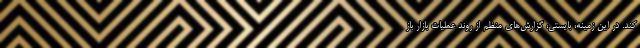
کند. در این زمینه، بایستی، گزارش‌های منظم از روند عملیات بازار باز